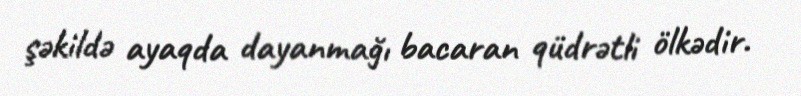
şəkildə ayaqda dayanmağı bacaran qüdrətli ölkədir.